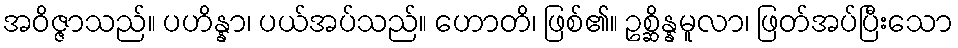
အဝိဇ္ဇာသည်။ ပဟိန္နာ၊ ပယ်အပ်သည်။ ဟောတိ၊ ဖြစ်၏။ ဥစ္ဆိန္နမူလာ၊ ဖြတ်အပ်ပြီးသော